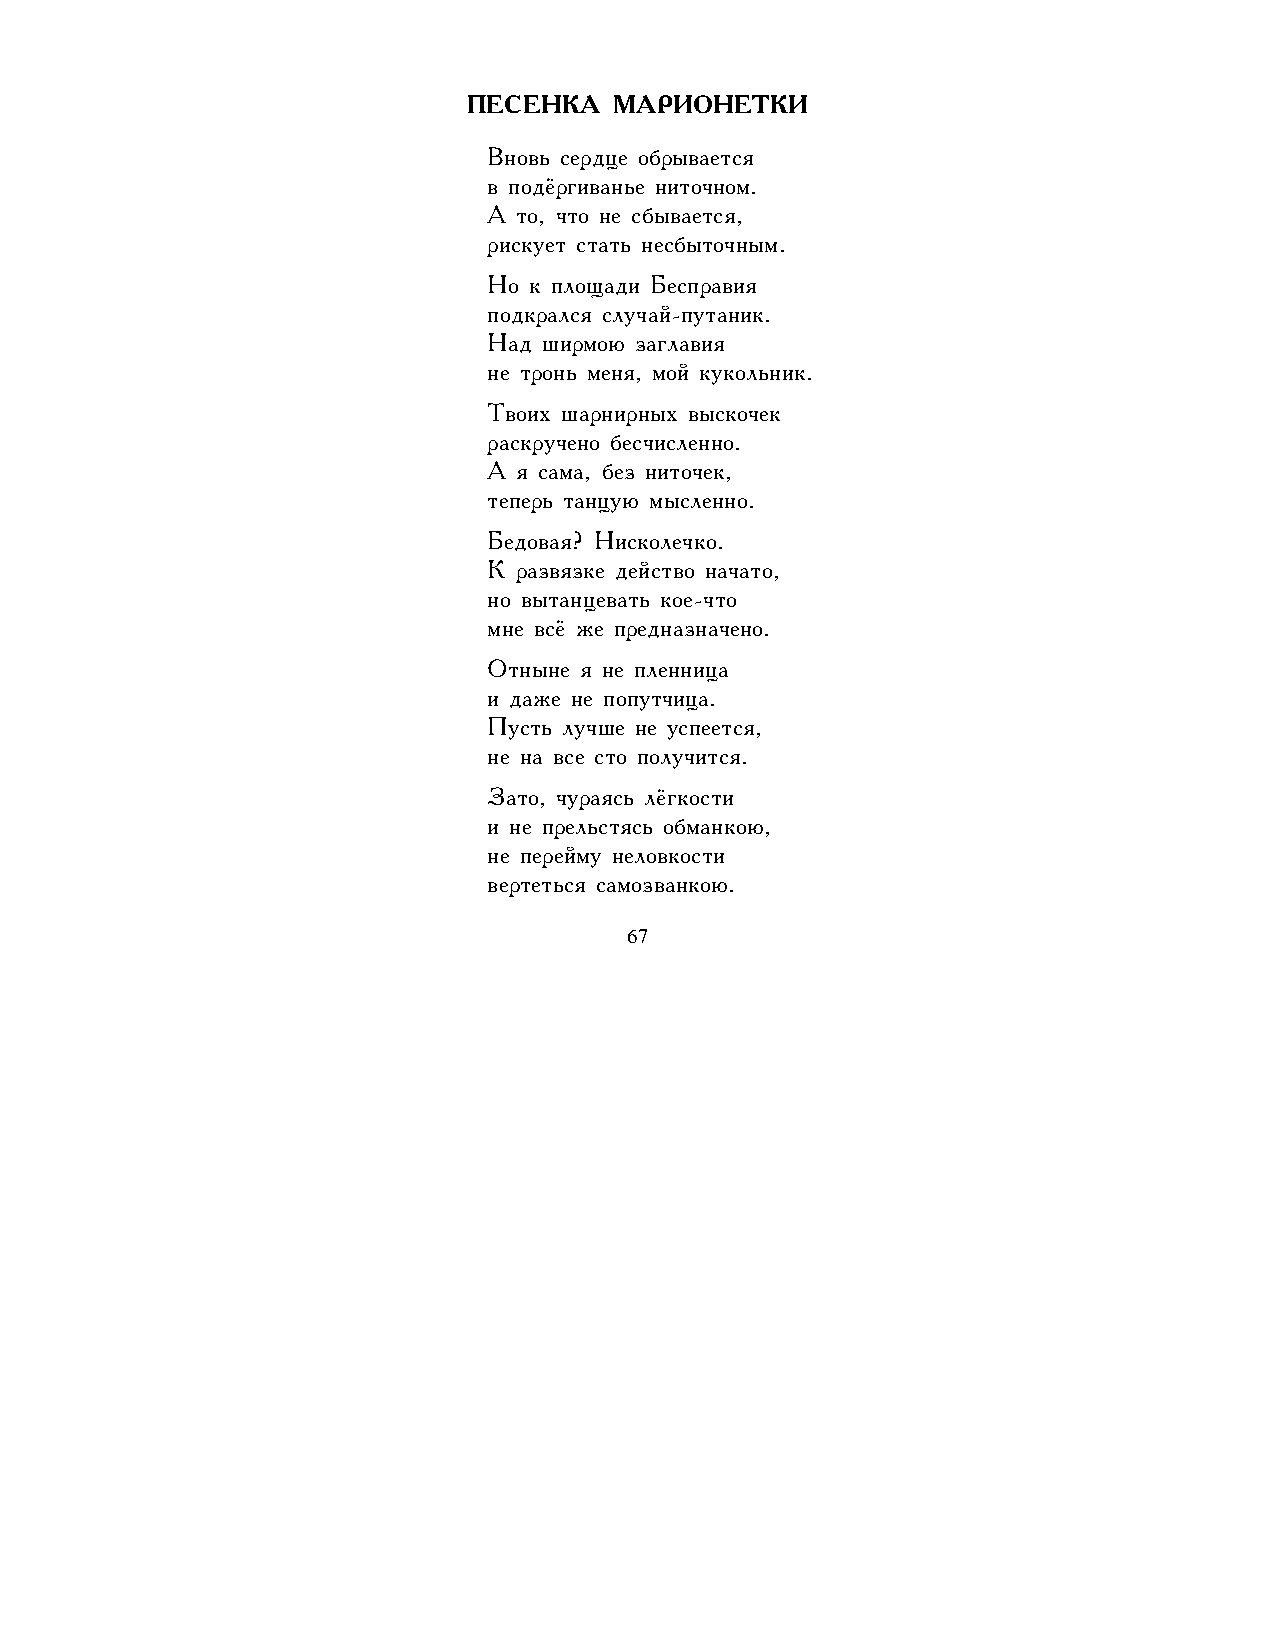
ПЕСЕНКА   МАРИОНЕТКИ
 Вновь сердце обрывается
 в подёргиванье ниточном.
 А то, что не сбывается,
 рискует стать несбыточным.
 Но к площади Бесправия
 подкрался случай-путаник.
 Над ширмою заглавия
 не тронь меня, мой кукольник.
 Твоих шарнирных выскочек
 раскручено бесчисленно.
 А я сама, без ниточек,
 теперь танцую мысленно.
 Бедовая? Нисколечко.
 К развязке действо начато,
 но вытанцевать кое-что
 мне всё же предназначено.
 Отныне я не пленница
 и даже не попутчица.
 Пусть лучше не успеется,
 не на все сто получится.
 Зато, чураясь лёгкости
 и не прельстясь обманкою,
 не перейму неловкости
 вертеться самозванкою.
 67